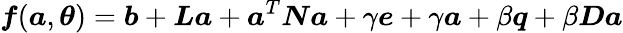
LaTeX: \boldsymbol{f}(\boldsymbol{a},\boldsymbol{\theta})=\boldsymbol{b}+\boldsymbol{L}\boldsymbol{a}+\boldsymbol{a}^{T}\boldsymbol{N}\boldsymbol{a}+\gamma\boldsymbol{e}+\gamma\boldsymbol{a}+\beta\boldsymbol{q}+\beta\boldsymbol{D}\boldsymbol{a}